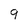
Character: 9